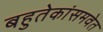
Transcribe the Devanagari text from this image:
बहुतेकांसमवेत